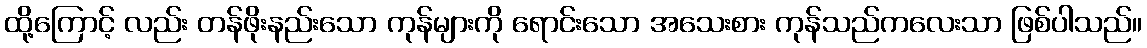
ထို့ကြောင့် လည်း တန်ဖိုးနည်းသော ကုန်များကို ရောင်းသော အသေးစား ကုန်သည်ကလေးသာ ဖြစ်ပါသည်။